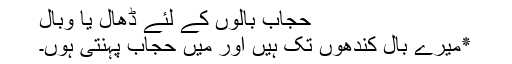
حجاب بالوں کے لئے ڈھال یا وبال
٭میرے بال کندھوں تک ہیں اور میں حجاب پہنتی ہوں۔